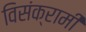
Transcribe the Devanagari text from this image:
विसंक्रामी